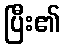
ပြီး၏